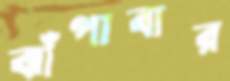
ঝাঁপাবার